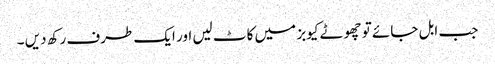
جب ابل جائے تو چھوٹے کیوبز میں کاٹ لیں اور ایک طرف رکھ دیں ۔